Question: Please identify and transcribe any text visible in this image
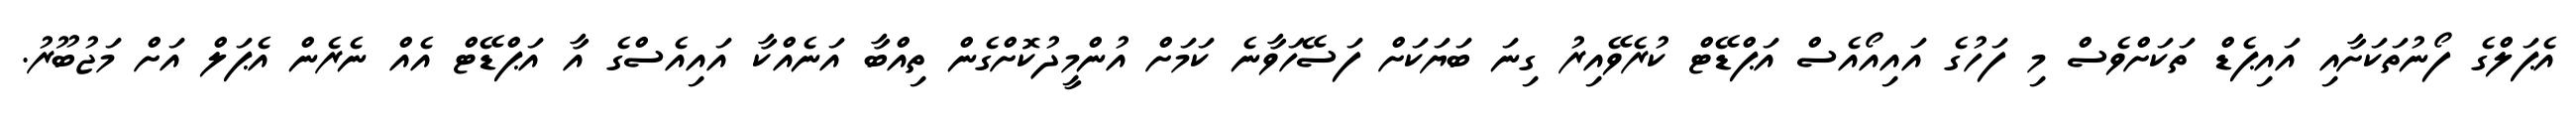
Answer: އެޕަލްގެ ފޯނުތަކަށާއި އައިޕެޑް ތަކަށްވެސް މި ފަހުގެ އައިއޯއެސް އަޕްޑޭޓް ކުރެވޭއިރު ގިނަ ބަޔަކަށް ފަސޭހަވާނެ ކަމަށް އުންމީދުކޮށްގެން ތިއްބާ އަނެއްކާ އައިއެސްގެ އާ އަޕްޑޭޓް އެއް ނެރެން އެޕަލް އަށް މަޖުބޫރު.